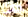
حتى